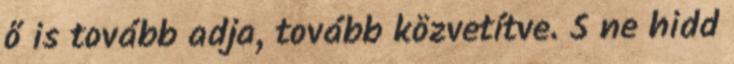
ő is tovább adja, tovább közvetítve. S ne hidd